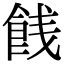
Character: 䬻